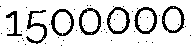
1500000